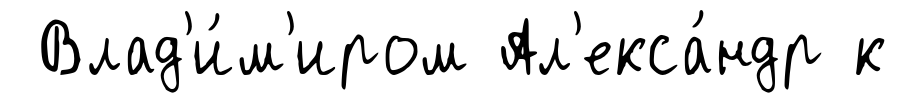
Влад'и́м'иром Ал'екса́ндр к